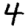
Digit: 4